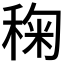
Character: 𮃌